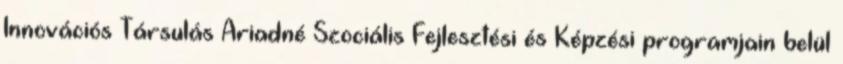
Innovációs Társulás Ariadné Szociális Fejlesztési és Képzési programjain belül